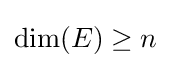
{\text{dim}}(E)\geq n